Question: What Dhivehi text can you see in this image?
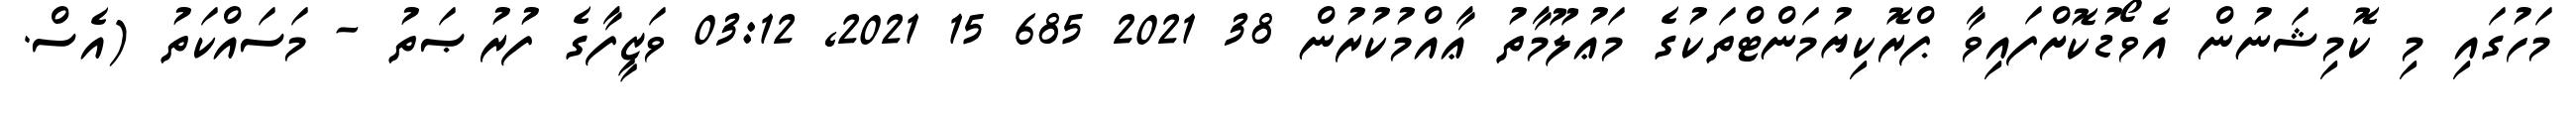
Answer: މަހުގައި މި ކޮމިޝަނުން އެވޯޑުކޮށްފައިވާ ޕްރޮކިޔުމަންޓްތަކުގެ މަޢުލޫމާތު ޢާއްމުކުރުން 38 2021 685 15 2021, 03:12 ވަޒީފާގެ ފުރުޞަތު - މަސައްކަތު (އެސް.